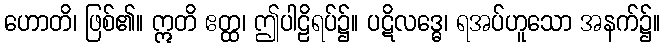
ဟောတိ၊ ဖြစ်၏။ ဣတိ ဧတ္ထ၊ ဤပါဠိရပ်၌။ ပဋိလဒ္ဓေ၊ ရအပ်ဟူသော အနက်၌။